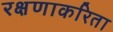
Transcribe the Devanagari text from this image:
रक्षणाकरिता